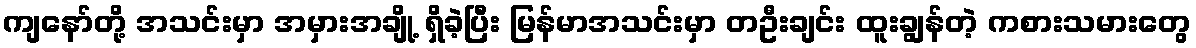
ကျနော်တို့ အသင်းမှာ အမှားအချို့ ရှိခဲ့ပြီး မြန်မာအသင်းမှာ တဦးချင်း ထူးချွန်တဲ့ ကစားသမားတွေ